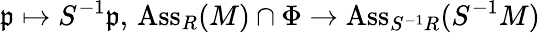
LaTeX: {\mathfrak{p}}\mapsto S^{-1}{\mathfrak{p}},\, \operatorname{Ass}_{R}(M)\cap\Phi\to\operatorname{Ass}_{S^{-1}R}(S^{-1}M)